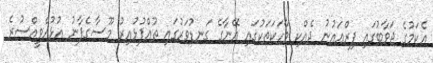
އެކަމުގެ ޖަވާބުގައި ފިރްޢައުނު ދެއްކި ވާހަކަތަކުގައި އޭނާގެ ގަނޑުވަރުގައި ތުއްޕުޅުއިރު މޫސާގެފާނު އުޅުއްވީއްސުރެ